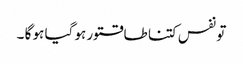
تو نفس کتنا طاقتور ہو گیا ہو گا ۔